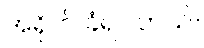
အရိုက် ခံရပါတယ်။